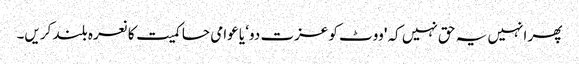
پھر انہیں یہ حق نہیں کہ 'ووٹ کو عزت دو‘ یا عوامی حاکمیت کا نعرہ بلند کریں۔